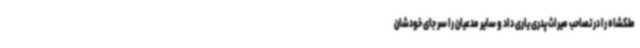
ملکشاه را در تصاحب میراث پدری یاری داد و سایر مدعیان را سر جای خودشان